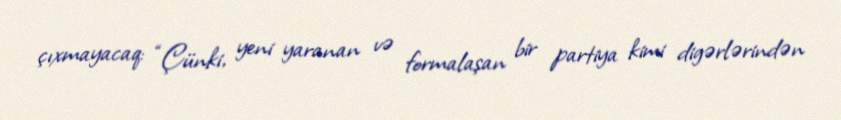
çıxmayacaq: “Çünki, yeni yaranan və formalaşan bir partiya kimi digərlərindən